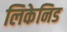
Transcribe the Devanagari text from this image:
लिकेनिड